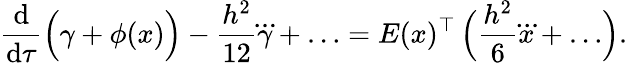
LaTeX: \frac{\mathrm{d}}{\mathrm{d}\tau}\Bigl(\gamma+\phi(x)\Bigr)-\frac{h^{2}}{12}\dddot\gamma+\ldots=E(x)^{\top}\, \Bigl(\frac{h^{2}}6\dddot x+\ldots\Bigr).